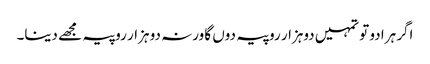
اگر ہرا دو تو تمہیں دوہزار روپیہ دوں گا ورنہ دو ہزار روپیہ مجھے دینا۔